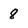
Character: 8